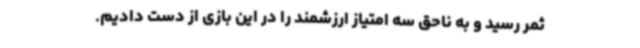
ثمر رسید و به ناحق سه امتیاز ارزشمند را در این بازی از دست دادیم.